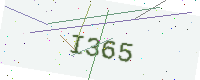
Text: I365